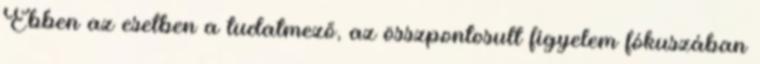
Ebben az esetben a tudatmező, az összpontosult figyelem fókuszában